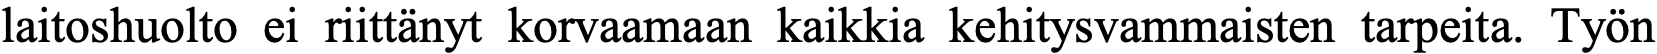
laitoshuolto ei riittänyt korvaamaan kaikkia kehitysvammaisten tarpeita. Työn